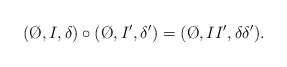
\begin{align*} (\O,I,\delta)\circ(\O,I',\delta') = (\O,II',\delta\delta').\end{align*}